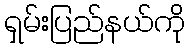
ရှမ်းပြည်နယ်ကို